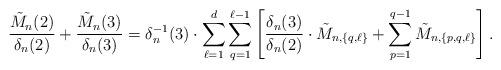
LaTeX: \begin{align*}\frac{\tilde M_n(2)}{\delta_n(2)}+\frac{\tilde M_n(3)}{\delta_n(3)}= \delta^{-1}_n(3)\cdot \sum_{\ell=1}^{d} \sum_{q=1}^{\ell-1} \left[\frac{\delta_n(3)}{\delta_n(2)}\cdot \tilde M_{n,\{ q,\ell \}}+\sum_{p=1}^{q-1} \tilde M_{n,\{ p,q,\ell \}}\right].\end{align*}